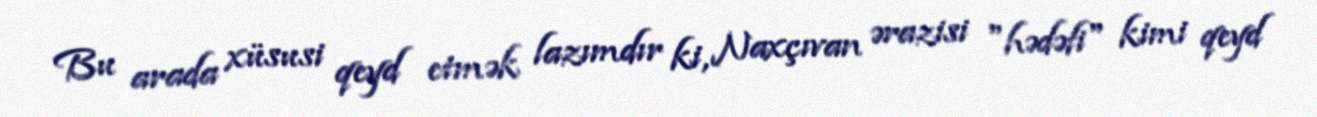
Bu arada xüsusi qeyd etmək lazımdır ki, Naxçıvan ərazisi "hədəfi" kimi qeyd